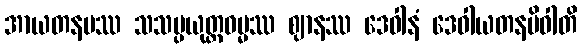
အာယတနမဿ သသမ္ပယုတ္တဓမ္မဿ ဈာနဿ ဒေဝါနံ ဒေဝါယတနမိဝါတိ